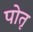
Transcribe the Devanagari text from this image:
पोतृ